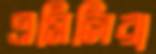
এমিলিরা